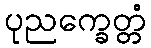
ပုညက္ခေတ္တံ